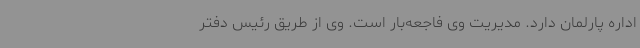
اداره پارلمان دارد. مدیریت وی فاجعه‌بار است. وی از طریق رئیس دفتر